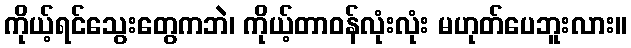
ကိုယ့်ရင်သွေးတွေကဘဲ၊ ကိုယ့်တာဝန်လုံးလုံး မဟုတ်ပေဘူးလား။